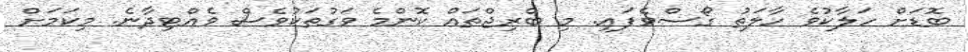
ބޮޑަށް ހަލާކުވެ ހާލަތު ގޯސްވެފައި. މި ބްރިޖްތައް ކޮންމެ ވަގުތަކުވެސް ވެއްޓިދާނެ. މިކަމަށް